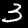
Digit: 3